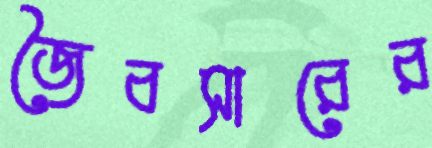
জৈবসারের